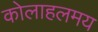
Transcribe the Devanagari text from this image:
कोलाहलमय